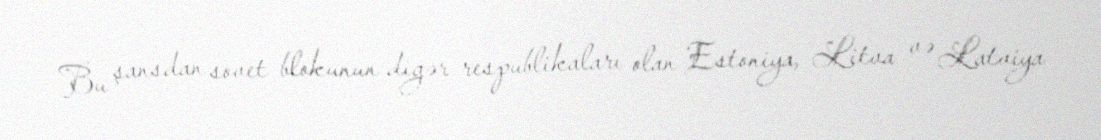
Bu şansdan sovet blokunun digər respublikaları olan Estoniya, Litva və Latviya